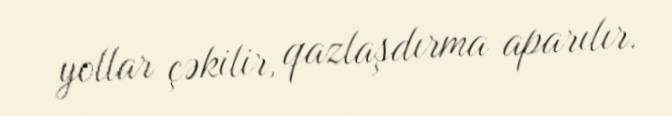
yollar çəkilir, qazlaşdırma aparılır.